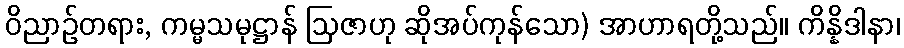
ဝိညာဉ်တရား, ကမ္မသမုဋ္ဌာန် ဩဇာဟု ဆိုအပ်ကုန်သော) အာဟာရတို့သည်။ ကိန္နိဒါနာ၊